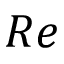
R e